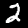
Label: 2